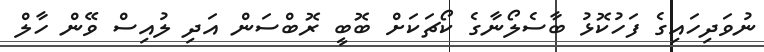
ނުވަދިހައިގެ ފަހުކޮޅު ބާސެލޯނާގެ ކޯޗަކަށް ބޮބީ ރޮބްސަން އަދި ލުއިސް ވޭން ހާލް